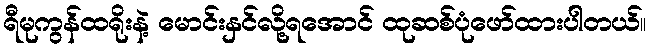
ရီမုကွန်ထရိုးနဲ့ မောင်းနှင်လို့ရအောင် ထုဆစ်ပုံဖော်ထားပါတယ်။